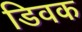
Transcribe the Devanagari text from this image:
डिवक